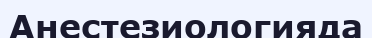
Анестезиологияда